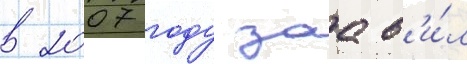
в 2007 году заав'и́л